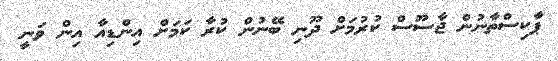
ޕާކިސްތާނުން ޖާސޫސް ކުރުމަށް ދޫނި ބޭނުން ކުރާ ކަމަށް އިންޑިއާ އިން ވަނީ